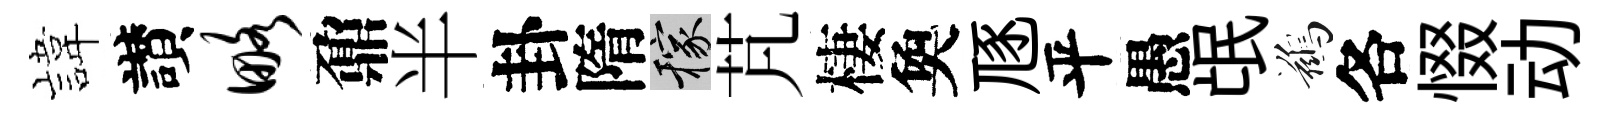
旗讃略鼐半卦隋稼芃棲奐豗平愚氓鷀各惙动